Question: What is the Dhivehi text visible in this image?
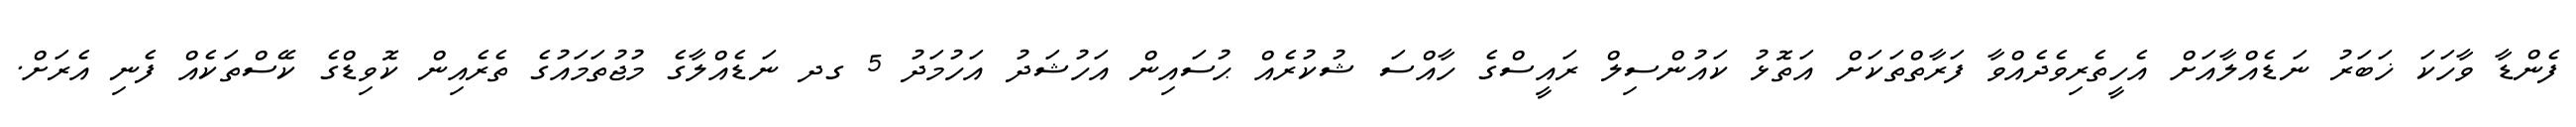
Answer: ފެންޑާ ވާހަކަ ޚަބަރު ނަޑެއްލާއަށް އެހީތެރިވެދެއްވާ ފަރާތްތަކަށް އަތޮޅު ކައުންސިލް ރައީސްގެ ހާއްސަ ޝުކުރެއް ޙުސައިން އަހުޝަދު އަހުމަދު 5 ގދ ނަޑެއްލާގެ މުޖުތަމައުގެ ތެރެއިން ކޮވިޑްގެ ކޭސްތަކެއް ފެނި އެރަށް.